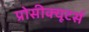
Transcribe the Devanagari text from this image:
प्रोसीक्यूटर्स